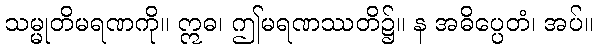
သမ္မုတိမရဏကို။ ဣဓ၊ ဤမရဏဿတိ၌။ န အဓိပ္ပေတံ၊ အပ်။